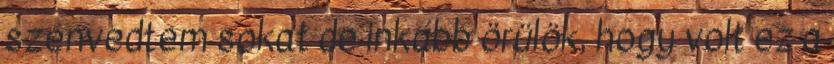
szenvedtem sokat de inkább örülök, hogy volt ez a